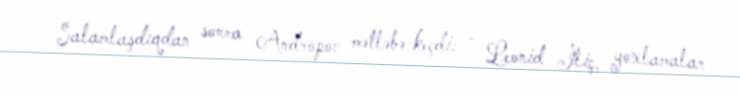
Salamlaşdıqdan sonra Andropov mətləbə keçdi: - Leonid İliç, yoxlamalar